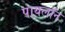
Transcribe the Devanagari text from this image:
पायलॉन